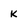
Character: k